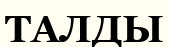
ТАЛДЫ